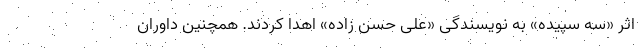
اثر «سه سپیده» به نویسندگی «علی حسن زاده» اهدا کردند. همچنین داوران